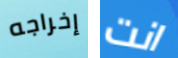
إخراجه انت